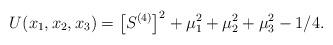
LaTeX: \begin{gather*} U(x_1,x_2,x_3)=\big[S^{(4)}\big]^2+\mu_1^2+\mu_2^2+\mu_3^2-1/4.\end{gather*}